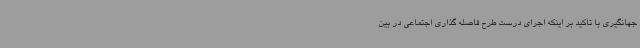
جهانگیری با تاکید بر اینکه اجرای درست طرح فاصله گذاری اجتماعی در بین